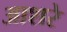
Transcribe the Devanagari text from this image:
आशरे